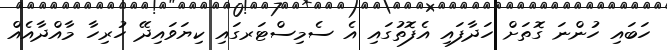
ހަބައި ހުންނަ ގޮތަށް ހަދާފައި އެފޮތުގައި އެ ސެމިސްޓަރގައި ކިޔަވައިދޭ ހުރިހާ މާއްދާއެއް